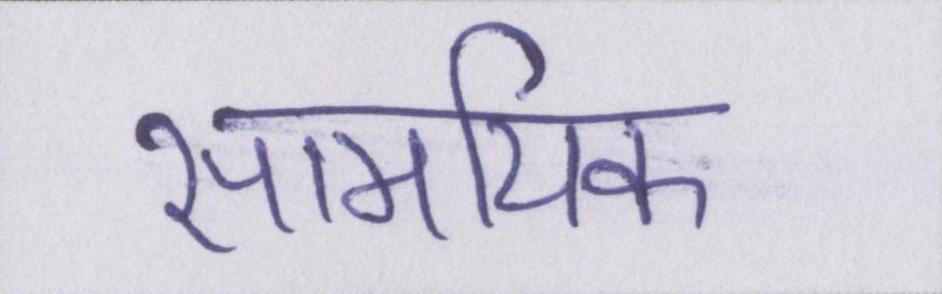
सामयिक